Serum-therapy of plague in India - Number 20
Disease focus: Plague
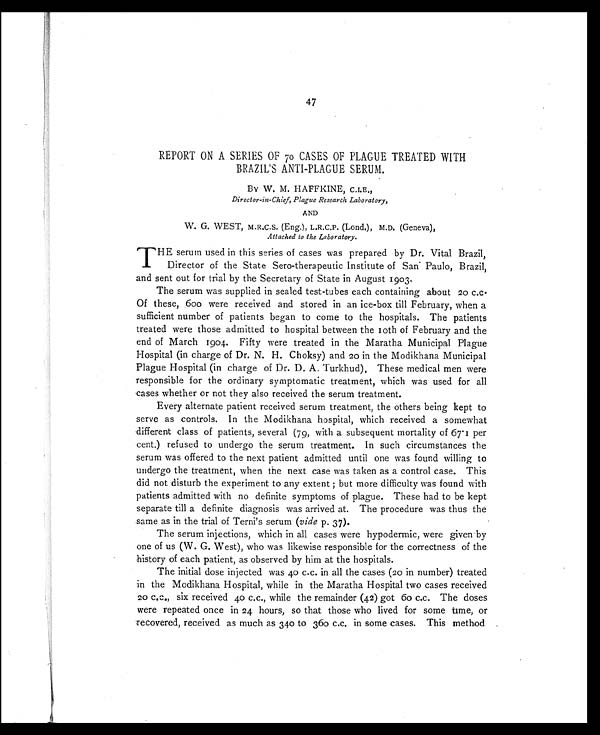
47
REPORT ON A SERIES OF 70 CASES OF PLAGUE TREATED WITH
BRAZIL'S ANTI-PLAGUE SERUM.
BY W. M. HAFFKINE, C.I.E.,
Director-in-Chief, Plague Research Laboratory,
AND
W. G. WEST, M.R.C.S. (Eng.), L.R.C.P. (Lond.), M.D. (Geneva),
Attached to the Laboratory.
T HE serum used in this series of cases was prepared by Dr. Vital Brazil,
Director of the State Sero-therapeutic Institute of San Paulo, Brazil,
and sent out for trial by the Secretary of State in August 1903.
The serum was supplied in sealed test-tubes each containing about 20 c.c.
Of these, 600 were received and stored in an ice-box till February, when a
sufficient number of patients began to come to the hospitals. The patients
treated were those admitted to hospital between the 10th of February and the
end of March 1904. Fifty were treated in the Maratha Municipal Plague
Hospital (in charge of Dr. N. H. Choksy) and 20 in the Modikhana Municipal
Plague Hospital (in charge of Dr. D. A. Turkhud). These medical men were
responsible for the ordinary symptomatic treatment, which was used for all
cases whether or not they also received the serum treatment.
Every alternate patient received serum treatment, the others being kept to
serve as controls. In the Modikhana hospital, which received a somewhat
different class of patients, several (79, with a subsequent mortality of 67.1 per
cent.) refused to undergo the serum treatment. In such circumstances the
serum was offered to the next patient admitted until one was found willing to
undergo the treatment, when the next case was taken as a control case. This
did not disturb the experiment to any extent ; but more difficulty was found with
patients admitted with no definite symptoms of plague. These had to be kept
separate till a definite diagnosis was arrived at. The procedure was thus the
same as in the trial of Terni's serum ( vide p. 37).
The serum injections, which in all cases were hypodermic, were given by
one of us (W. G. West), who was likewise responsible for the correctness of the
history of each patient, as observed by him at the hospitals.
The initial dose injected was 40 c.c. in all the cases (20 in number) treated
in the Modikhana Hospital, while in the Maratha Hospital two cases received
20 C.C., six received 40 c.c., while the remainder (42) got 60 c.c. The doses
were repeated once in 24 hours, so that those who lived for some time, or
recovered, received as much as 340 to 360 c.c. in some cases. This method